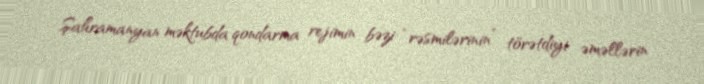
Şahramanyan məktubda qondarma rejimin bəzi “rəsmilərinin” törətdiyi əməllərin